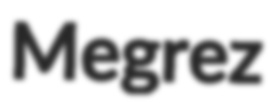
Megrez